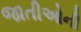
જાતીઓની